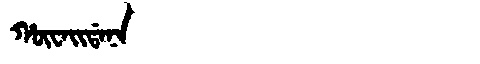
Manchu: ᡥᡡᠸᠠᡳᡩᠠᠨᠠ
Romanization: HŪWAIDANA